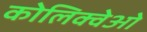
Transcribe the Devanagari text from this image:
कोलिक्वेओ